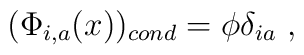
(\Phi _{i,a}(x))_{cond} = \phi \delta_{ia}~,